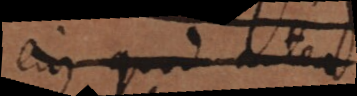
ejus quod antea